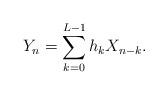
LaTeX: \begin{align*} Y_n=\sum_{k=0}^{L-1}h_kX_{n-k}. \end{align*}